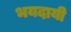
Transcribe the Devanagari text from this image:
भयदायी